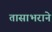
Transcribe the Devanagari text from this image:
तासाभराने